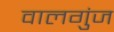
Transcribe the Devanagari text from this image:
वालगुंज